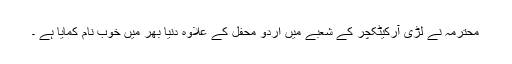
محترمہ نے لڑی آرکیٹکچر کے شعبے میں اردو محفل کے علاوہ دنیا بھر میں خوب نام کمایا ہے ۔